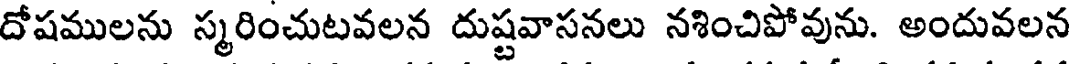
దోషములను స్మరించుటవలన దుష్టవాసనలు నశించిపోవును. అందువలన